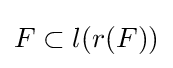
F\subset l(r(F))